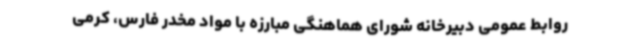
روابط عمومی دبیرخانه شورای هماهنگی مبارزه با مواد مخدر فارس، کرمی